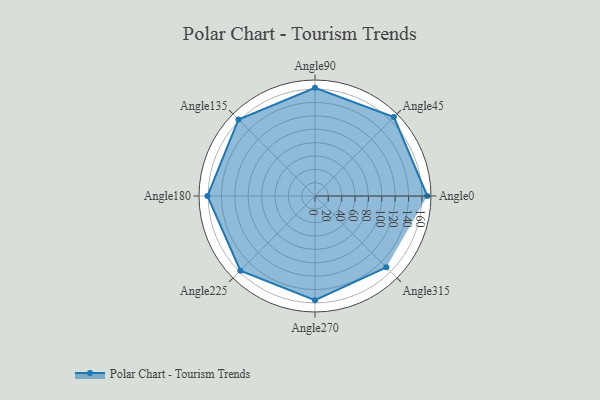
{"axis": {"x": "Angle", "y": "Radius"}, "legend": [""], "data": [{"x": "Angle0", "y": 168.0, "type": ""}, {"x": "Angle45", "y": 167.0, "type": ""}, {"x": "Angle90", "y": 162.0, "type": ""}, {"x": "Angle135", "y": 162.0, "type": ""}, {"x": "Angle180", "y": 161.0, "type": ""}, {"x": "Angle225", "y": 158.0, "type": ""}, {"x": "Angle270", "y": 156.0, "type": ""}, {"x": "Angle315", "y": 151.0, "type": ""}]}